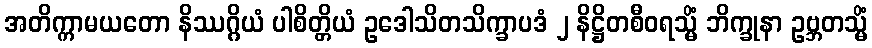
အတိက္ကာမယတော နိဿဂ္ဂိယံ ပါစိတ္တိယံ ဥဒေါသိတသိက္ခာပဒံ ၂ နိဋ္ဌိတစီဝရသ္မိံ ဘိက္ခုနာ ဥဗ္ဘတသ္မိံ